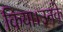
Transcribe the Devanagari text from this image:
किया।उनके